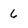
Character: 6